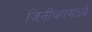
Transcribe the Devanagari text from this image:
जिनीव्हामध्ये